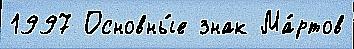
1997 Основны́е знак Ма́ртов